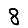
Digit: 8